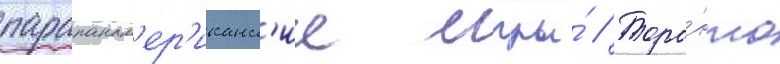
парапанам'ер'иканск'ие игры́ // Торо́нто